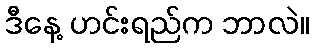
ဒီနေ့ ဟင်းရည်က ဘာလဲ။